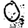
Digit: 0